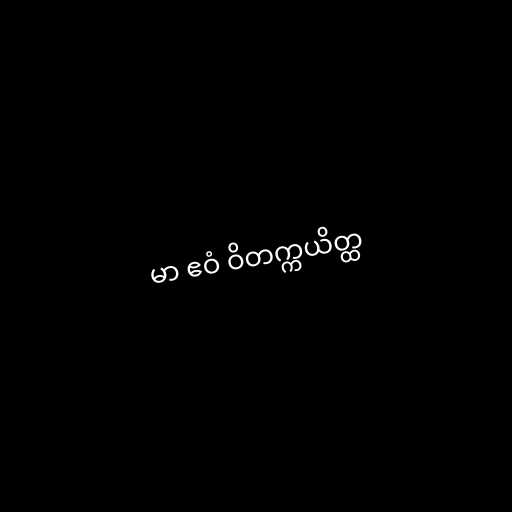
မာ ဧဝံ ဝိတက္ကယိတ္ထ